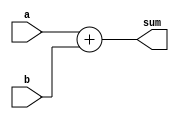
`timescale 1ns / 1ps
//////////////////////////////////////////////////////////////////////////////////
// Company: 
// Engineer: 
// 
// Design Name: 
// Module Name: adder
// Project Name: 
// Target Devices: 
// Tool Versions: 
// Description: 
// 
// Dependencies: 
// 
// Revision:
// Revision 0.01 - File Created
// Additional Comments:
// 
//////////////////////////////////////////////////////////////////////////////////


module adder(a, b, sum);
    parameter WIDTH = 8;
    input[WIDTH-1:0] a, b;
    output[WIDTH-1:0] sum;
    
    assign sum = a+b;
endmodule